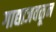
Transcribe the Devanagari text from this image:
गाद्याजवळून